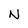
Character: N